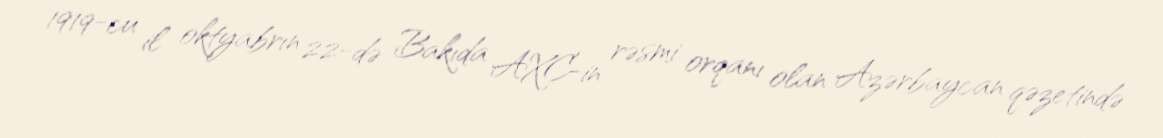
1919-cu il oktyabrın 22-də Bakıda AXC-in rəsmi orqanı olan Azərbaycan qəzetində